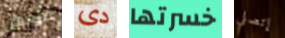
تفعلان دى خسرتها إتصلي